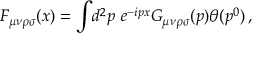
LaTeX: F _ { \mu \nu \rho \sigma } ( x ) = \int \! d ^ { 2 } p \ e ^ { - i p x } G _ { \mu \nu \rho \sigma } ( p ) \theta ( p ^ { 0 } ) \, ,